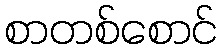
စာတစ်စောင်